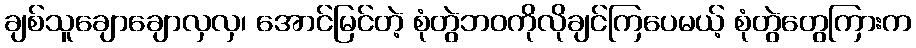
ချစ်သူချောချောလှလှ၊ အောင်မြင်တဲ့ စုံတွဲဘဝကိုလိုချင်ကြပေမယ့် စုံတွဲတွေကြားက